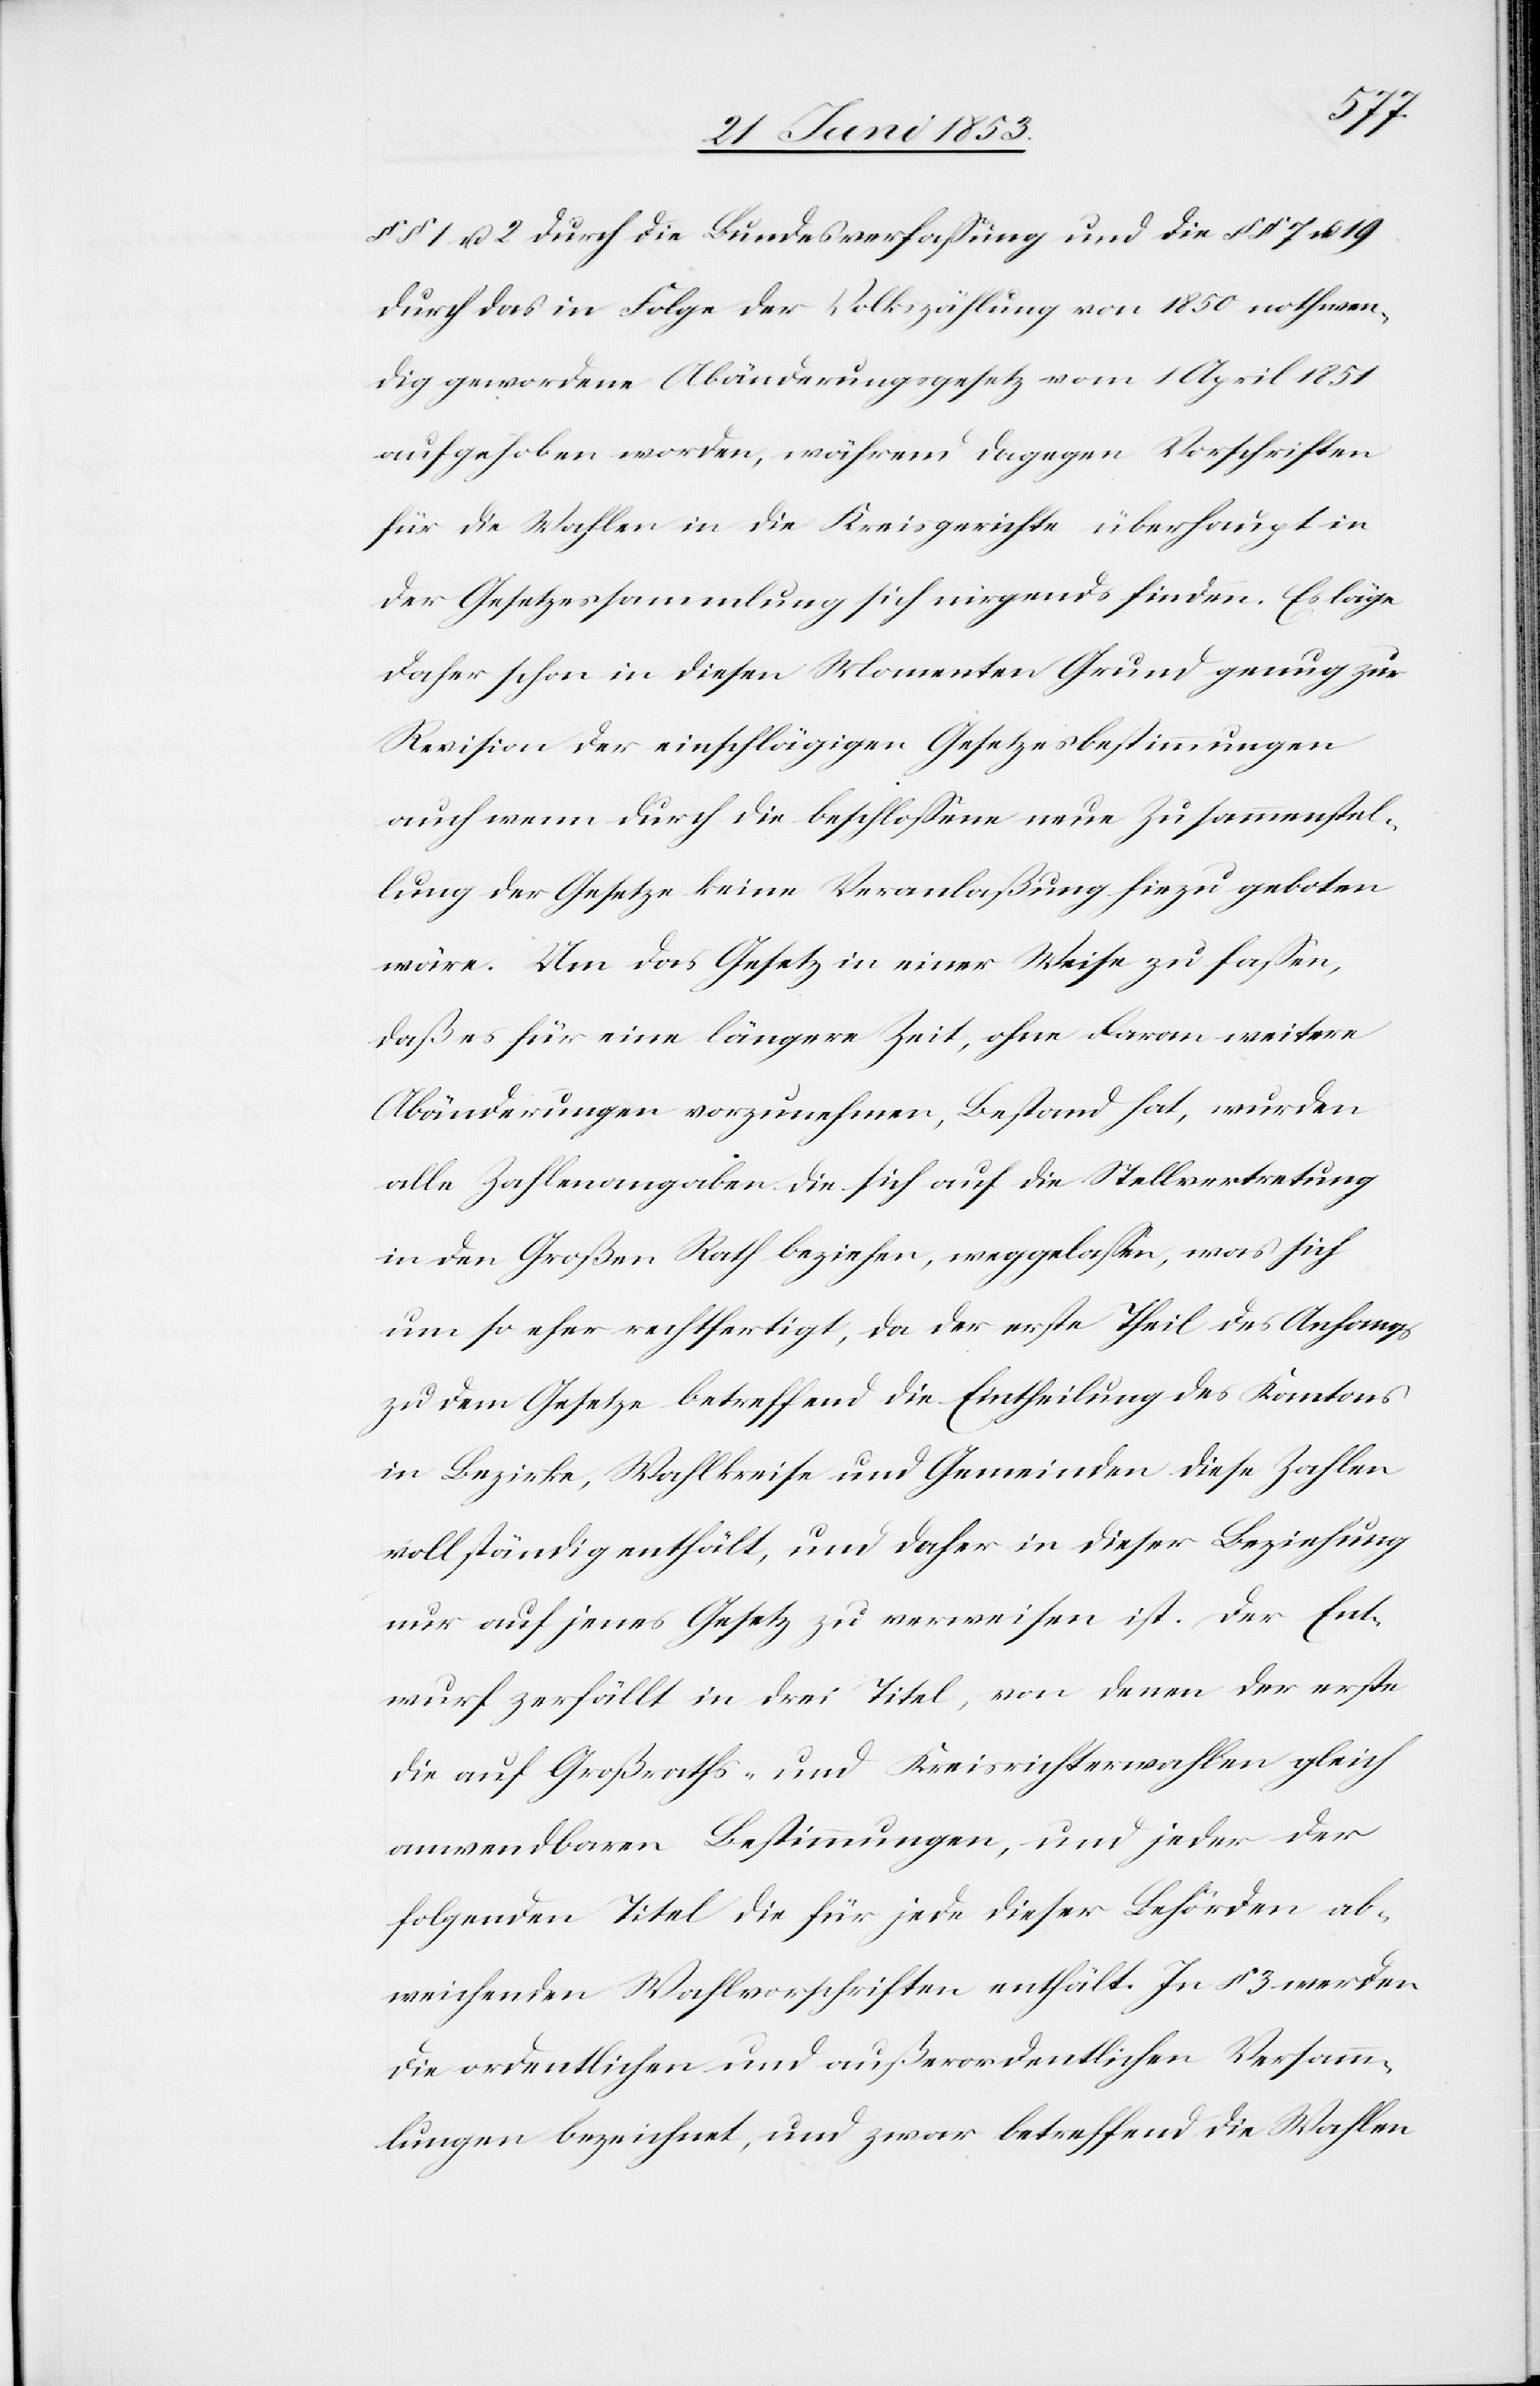
§§ 1 u. 2 durch die Bundesverfaßung und die §§ 7 u. 19
durch das in Folge der Volkszählung von 1850 nothwen¬
dig gewordene Abänderungsgesetz vom 1 April 1851
aufgehoben worden, während dagegen Vorschriften
für die Wahlen in die Kreisgerichte überhaupt in
der Gesetzessammlung sich nirgends finden. Es läge
daher schon in diesen Momenten Grund genug zur
Revision der einschlägigen Gesetzesbestimmungen
auch wenn durch die beschloßene neue Zusammenstel¬
lung der Gesetze keine Veranlaßung hiezu geboten
wäre. Um das Gesetz in einer Weise zu faßen,
daß es für eine längere Zeit, ohne davon weitere
Abänderungen vorzunehmen, Bestand hat, wurden
alle Zahlenangaben die sich auf die Stellvertretung
in den Großen Rath beziehen, weggelaßen, was sich
um so eher rechtfertigt, da der erste Theil des Anfangs
zu dem Gesetze betreffend die Eintheilung des Kantons
in Bezirke, Wahlkreise und Gemeinden diese Zahlen
vollständig enthält, und daher in dieser Beziehung
nur auf jenes Gesetz zu verweisen ist. Der Ent¬
wurf zerfällt in drei Titel, von denen der erste
die auf Großraths- und Kreisrichterwahlen gleich
anwendbaren Bestimmungen, und jeder der
folgenden Titel die für jede dieser Behörden ab¬
weichenden Wahlvorschriften enthält. In § 3 werden
die ordentlichen und außerordentlichen Versamm¬
lungen bezeichnet, und zwar betreffend die Wahlen